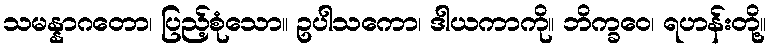
သမန္နာဂတော၊ ပြည့်စုံသော။ ဥပါသကော၊ ဒါယကာကို။ ဘိက္ခဝေ၊ ရဟန်းတို့။